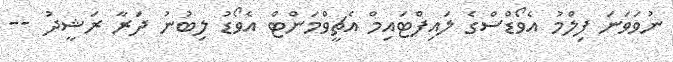
ނުވަވަނަ ފިލްމު އެވޯޑްސްގެ ލައިފްޓައިމް އެޗީވްމަންޓް އެވޯޑު ލިބުނު ދަރާ ރަޝީދު --